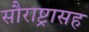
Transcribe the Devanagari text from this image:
सौराष्ट्रासह